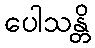
ပေါသန္တိ